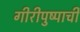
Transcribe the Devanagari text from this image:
गीरीपुष्पाची